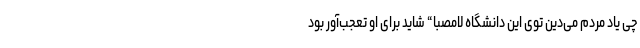
چی یاد مردم می‌دین توی این دانشگاه لامصبا“ شاید برای او تعجب‌آور بود